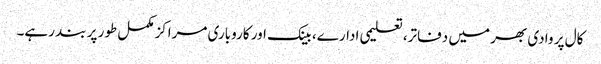
کال پر وادی بھر میں دفاتر، تعلیمی ادارے، بینک اور کاروباری مراکزمکمل طور پر بند رہے۔